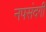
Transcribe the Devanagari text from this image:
नपसंदगी